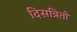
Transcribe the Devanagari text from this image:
दिसत्रितो